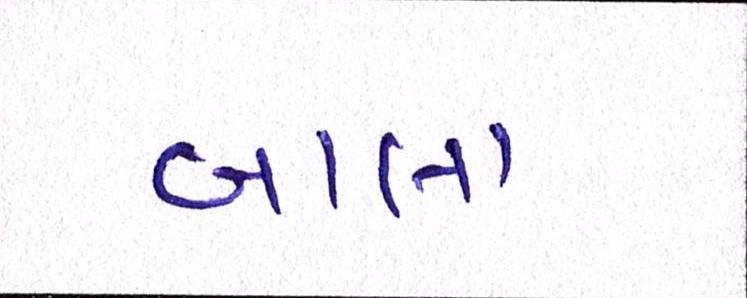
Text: બાલા